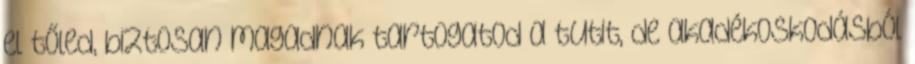
el tőled, biztosan magadnak tartogatod a tutit, de akadékoskodásból